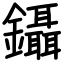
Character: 鑷